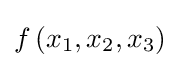
f\left(x_{1},x_{2},x_{3}\right)